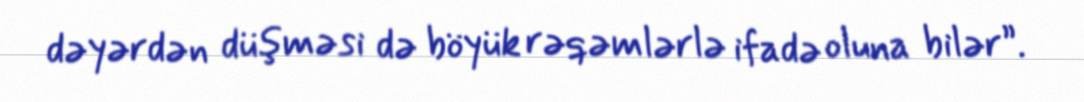
dəyərdən düşməsi də böyük rəqəmlərlə ifadə oluna bilər”.